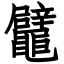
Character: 鼊